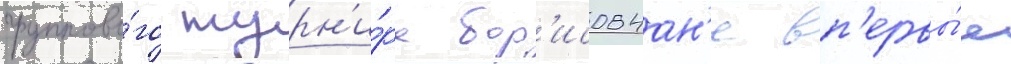
группово́го турн'и́ра бор'исовчан'е вп'ервы́е